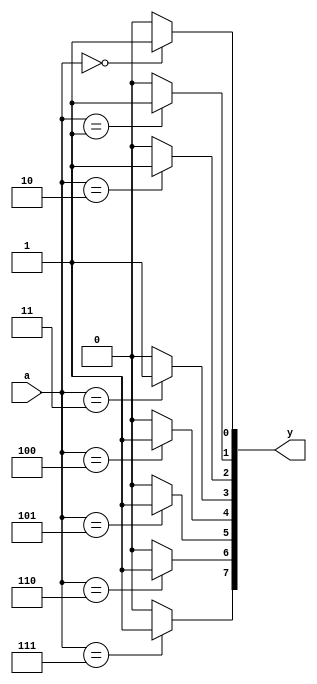
module decode38_for(
  input wire [2:0] a,
  output reg [7:0] y
);
  integer i;
  always @ (*)
    for(i=0;i<=7;i=i+1)
	  if(a==i)
	    y[i] = 1;
	  else
	    y[i] = 0;
endmodule